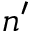
n ^ { \prime }